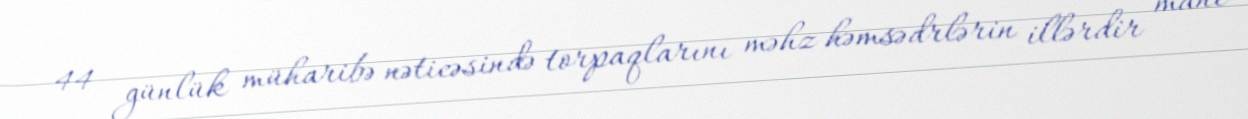
44 günlük müharibə nəticəsində torpaqlarını məhz həmsədrlərin illərdir mane